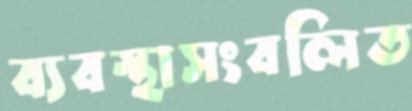
ব্যবস্থাসংবলিত